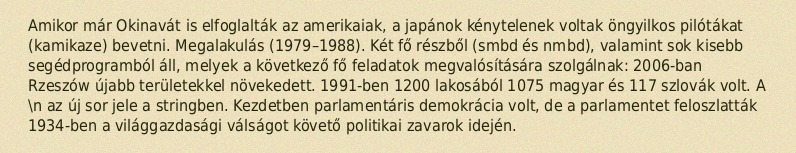
Amikor már Okinavát is elfoglalták az amerikaiak, a japánok kénytelenek voltak öngyilkos pilótákat (kamikaze) bevetni. Megalakulás (1979–1988). Két fő részből (smbd és nmbd), valamint sok kisebb segédprogramból áll, melyek a következő fő feladatok megvalósítására szolgálnak: 2006-ban Rzeszów újabb területekkel növekedett. 1991-ben 1200 lakosából 1075 magyar és 117 szlovák volt. A \n az új sor jele a stringben. Kezdetben parlamentáris demokrácia volt, de a parlamentet feloszlatták 1934-ben a világgazdasági válságot követő politikai zavarok idején.